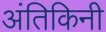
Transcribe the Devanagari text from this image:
अंतिकिनी